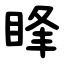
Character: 䀱